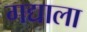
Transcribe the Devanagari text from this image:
गद्याला